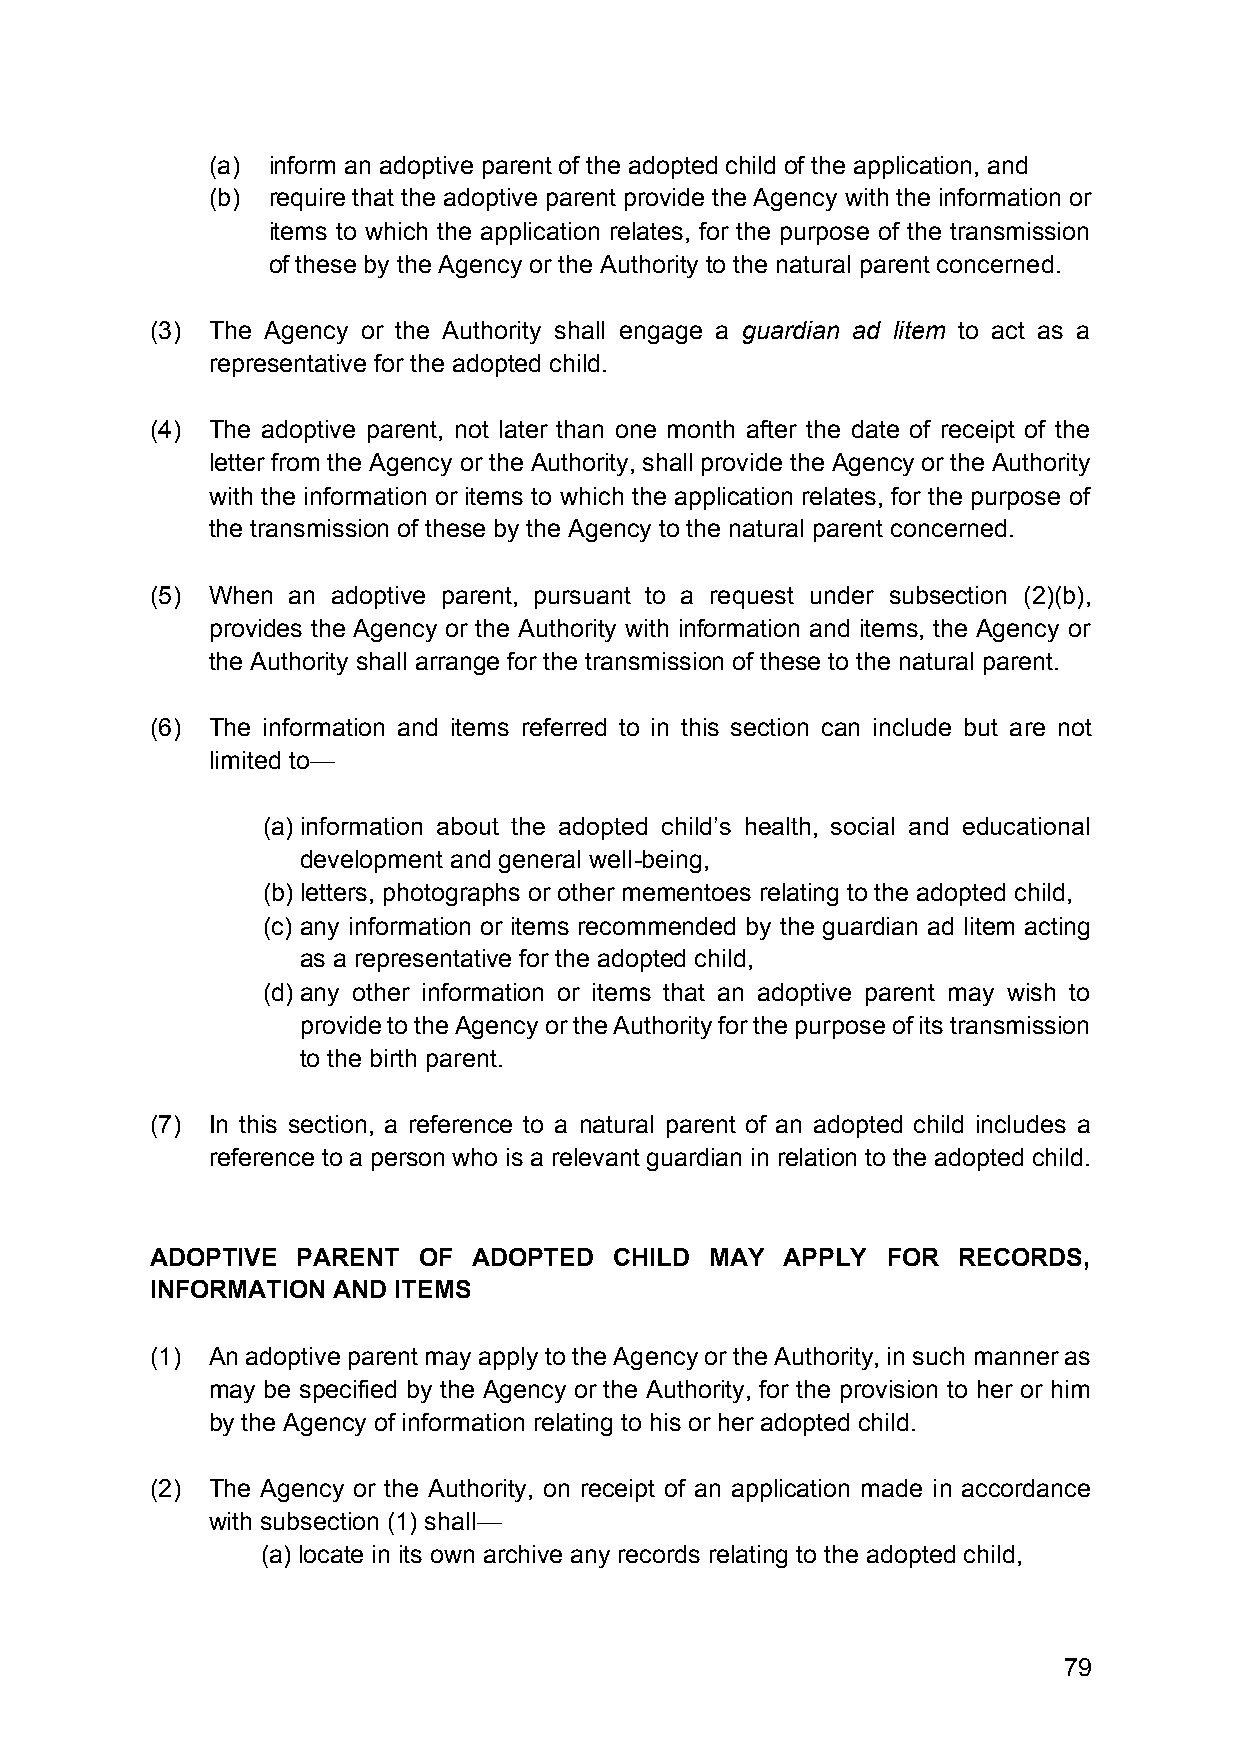
(a) inform an adoptive parent of the adopted child of the application, and
 (b) require that the adoptive parent provide the Agency with the information or
 items to which the application relates, for the purpose of the transmission
 of these by the Agency or the Authority to the natural parent concerned.
 (3) The Agency or the Authority shall engage a guardian ad litem to act as a
 representative for the adopted child.
 (4) The adoptive parent, not later than one month after the date of receipt of the
 letter from the Agency or the Authority, shall provide the Agency or the Authority
 with the information or items to which the application relates, for the purpose of
 the transmission of these by the Agency to the natural parent concerned.
 (5) When an adoptive parent, pursuant to a request under subsection (2)(b),
 provides the Agency or the Authority with information and items, the Agency or
 the Authority shall arrange for the transmission of these to the natural parent.
 (6) The information and items referred to in this section can include but are not
 limited to—
 (a) information about the adopted child’s health, social and educational
 development and general well-being,
 (b) letters, photographs or other mementoes relating to the adopted child,
 (c) any information or items recommended by the guardian ad litem acting
 as a representative for the adopted child,
 (d) any other information or items that an adoptive parent may wish to
 provide to the Agency or the Authority for the purpose of its transmission
 to the birth parent.
 (7) In this section, a reference to a natural parent of an adopted child includes a
 reference to a person who is a relevant guardian in relation to the adopted child.
 ADOPTIVE  PARENT  OF ADOPTED   CHILD MAY  APPLY  FOR RECORDS,
 INFORMATION AND ITEMS
 (1) An adoptive parent may apply to the Agency or the Authority, in such manner as
 may be specified by the Agency or the Authority, for the provision to her or him
 by the Agency of information relating to his or her adopted child.
 (2) The Agency or the Authority, on receipt of an application made in accordance
 with subsection (1) shall—
 (a) locate in its own archive any records relating to the adopted child,
 79